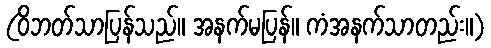
(ဝိဘတ်သာပြန်သည်။ အနက်မပြန်။ ကံအနက်သာတည်း။)